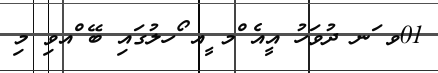
01ވ ަނ ދުވަހު އީއެ ްމ ީއ ޯހލުގައި ބޭ ްއވި މި